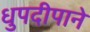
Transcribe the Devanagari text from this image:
धुपदीपाने